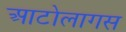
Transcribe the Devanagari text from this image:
आटोलागस